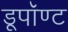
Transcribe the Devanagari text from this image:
डूपॉण्ट